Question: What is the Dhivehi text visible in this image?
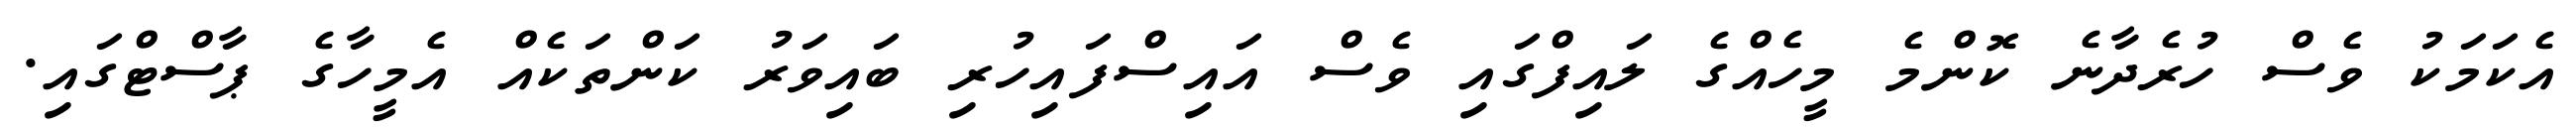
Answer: އެކަމަކު ވެސް ހުރެދާނެ ކޮންމެ މީހެއްގެ ލައިފްގައި ވެސް އައިސްފައިހުރި ބައިވަރު ކަންތަކެއް އެމީހާގެ ޕާސްޓްގައި.